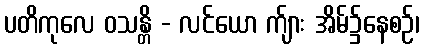
ပတိကုလေ ဝသန္တိ - လင်ယော က်ျား အိမ်၌နေစဉ်၊